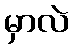
မှာလဲ